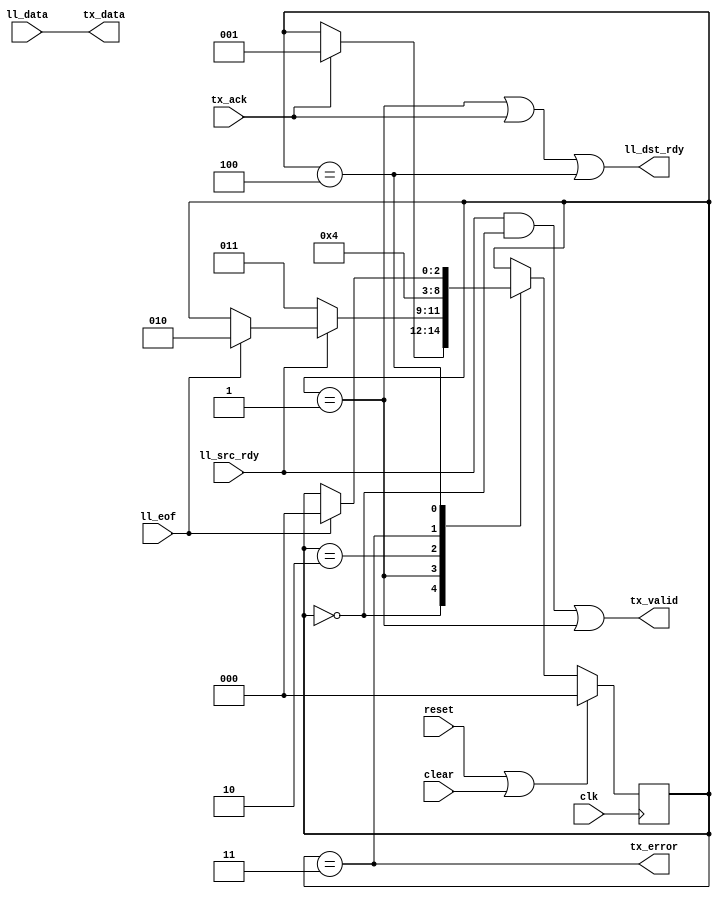
//
// Copyright 2011 Ettus Research LLC
//



module ll8_to_txmac
  (input clk, input reset, input clear,
   input [7:0] ll_data, input ll_eof, input ll_src_rdy, output ll_dst_rdy,
   output [7:0] tx_data, output tx_valid, output tx_error, input tx_ack );

   reg [2:0] xfer_state;

   localparam XFER_IDLE      = 0;
   localparam XFER_ACTIVE    = 1;
   localparam XFER_WAIT1     = 2;
   localparam XFER_UNDERRUN  = 3;
   localparam XFER_DROP      = 4;
   
   always @(posedge clk)
     if(reset | clear)
       xfer_state 	    <= XFER_IDLE;
     else
       case(xfer_state)
	 XFER_IDLE :
	   if(tx_ack)
	     xfer_state <= XFER_ACTIVE;
	 XFER_ACTIVE :
	   if(~ll_src_rdy)
	     xfer_state <= XFER_UNDERRUN;
	   else if(ll_eof)
	     xfer_state <= XFER_WAIT1;
	 XFER_WAIT1 :
	   xfer_state <= XFER_IDLE;
	 XFER_UNDERRUN :
	   xfer_state <= XFER_DROP;
	 XFER_DROP :
	   if(ll_eof)
	     xfer_state <= XFER_IDLE;
       endcase // case (xfer_state)

   assign ll_dst_rdy 	 = (xfer_state == XFER_ACTIVE) | tx_ack | (xfer_state == XFER_DROP);
   assign tx_valid 	 = (ll_src_rdy & (xfer_state == XFER_IDLE))|(xfer_state == XFER_ACTIVE);
   assign tx_data 	 = ll_data;
   assign tx_error 	 = (xfer_state == XFER_UNDERRUN);
   
endmodule // ll8_to_txmac